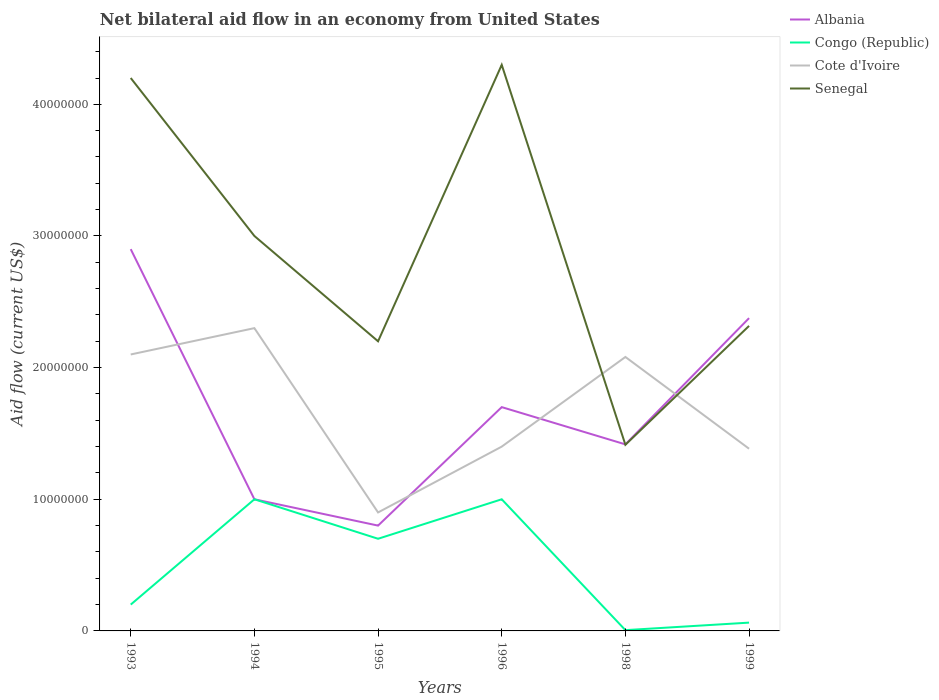
| Years | Albania | Congo (Republic) | Cote d'Ivoire | Senegal |
 | --- | --- | --- | --- | --- |
 | 1993 | 2.9e+07 | 2e+06 | 2.1e+07 | 4.2e+07 |
 | 1994 | 1e+07 | 1e+07 | 2.3e+07 | 3e+07 |
 | 1995 | 8e+06 | 7e+06 | 9e+06 | 2.2e+07 |
 | 1996 | 1.7e+07 | 1e+07 | 1.4e+07 | 4.3e+07 |
 | 1998 | 1.42e+07 | 6e+04 | 2.08e+07 | 1.41e+07 |
 | 1999 | 2.38e+07 | 6.3e+05 | 1.38e+07 | 2.32e+07 |